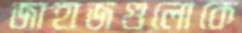
জাহাজগুলোকে